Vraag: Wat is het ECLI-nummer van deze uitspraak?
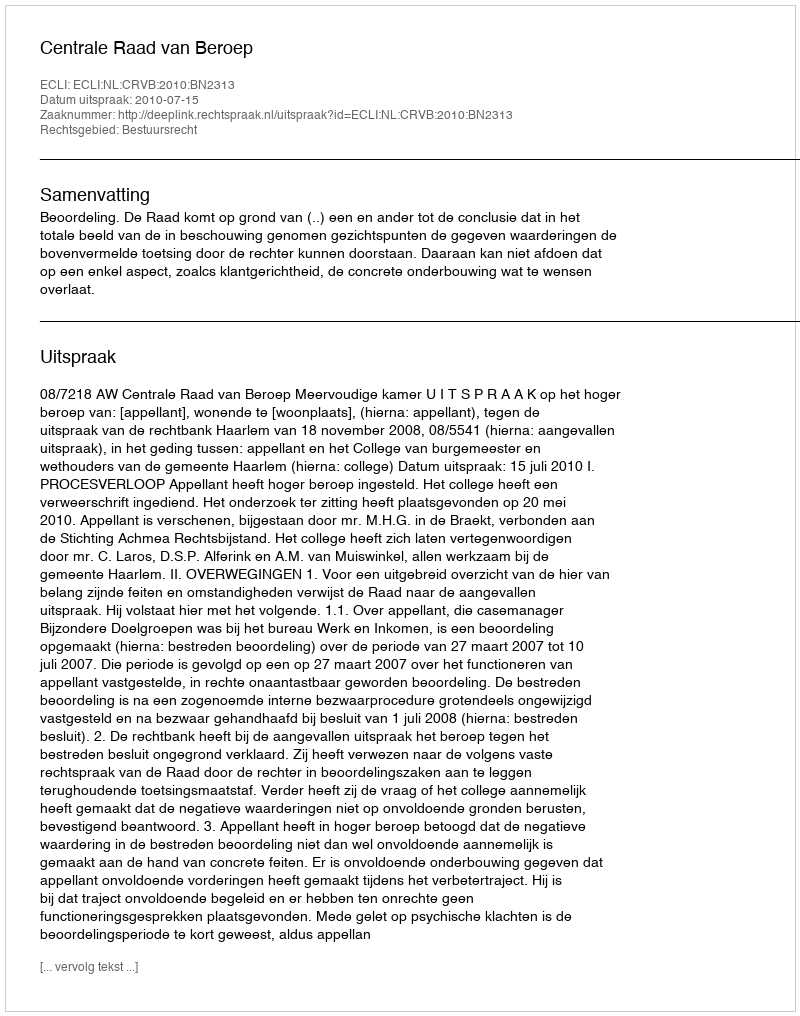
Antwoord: ECLI:NL:CRVB:2010:BN2313